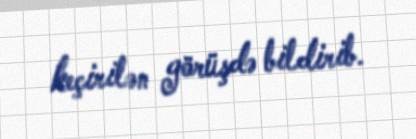
keçirilən görüşdə bildirib.